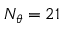
N _ { \theta } = 2 1